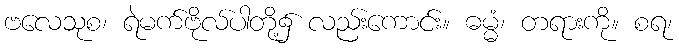
ဗလေသုစ၊ ရဲမက်ဗိုလ်ပါတို့၌ လည်းကောင်း။ ဓမ္မံ၊ တရားကို။ စရ၊